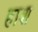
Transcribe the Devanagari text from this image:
हाश